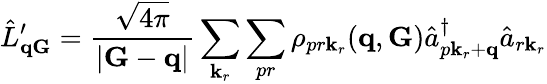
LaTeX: \hat{L}_{\mathbf{qG}}^{\prime}=\frac{\sqrt{4\pi}}{|\mathbf G-\mathbf q|}\sum_{\mathbf k_{r}}\sum_{pr}\rho_{pr\mathbf k_{r}}(\mathbf q,\mathbf G)\hat{a}_{p\mathbf k_{r}+\mathbf q}^{\dagger}\hat{a}_{r\mathbf k_{r}}